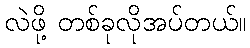
လဲဖို့ တစ်ခုလိုအပ်တယ်။